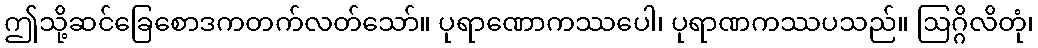
ဤသို့ဆင်ခြေစောဒကတက်လတ်သော်။ ပုရာဏောကဿပေါ၊ ပုရာဏကဿပသည်။ ဩဂ္ဂိလိတုံ၊